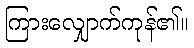
ကြားလျှောက်ကုန်၏။